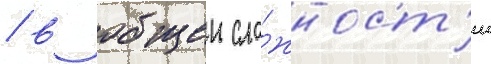
/ в общеи сло́жност'и